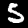
Label: 5